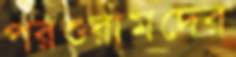
পরশুরামদের